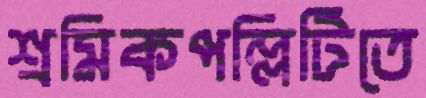
শ্রমিকপল্লিটিতে